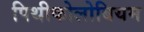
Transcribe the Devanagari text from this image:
पिथीकोलोबियम